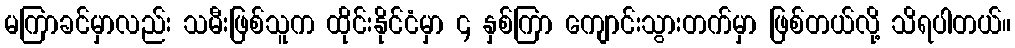
မကြာခင်မှာလည်း သမီးဖြစ်သူက ထိုင်းနိုင်ငံမှာ ၄ နှစ်ကြာ ကျောင်းသွားတက်မှာ ဖြစ်တယ်လို့ သိရပါတယ်။